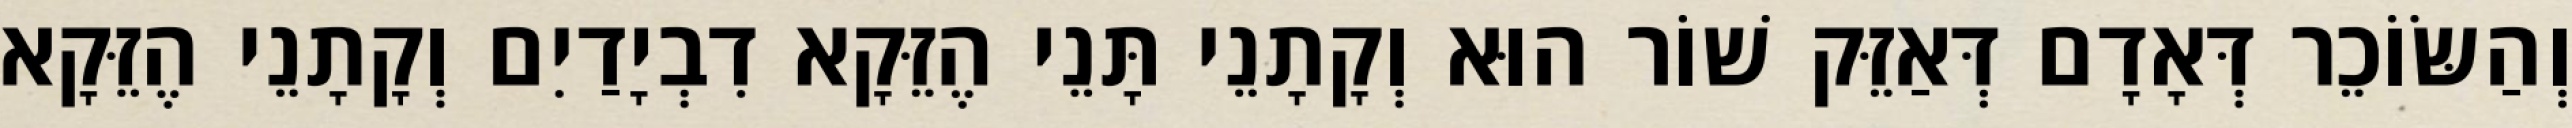
וְהַשּׂוֹכֵר דְּאָדָם דְּאַזֵּק שׁוֹר הוּא וְקָתָנֵי תָּנֵי הֶזֵּקָא דִבְיָדַיִם וְקָתָנֵי הֶזֵּקָא